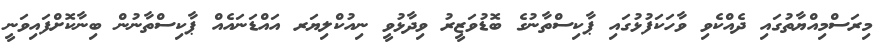
މިރަސްމިއްޔާތުގައި ދެއްކެވި ވާހަކަފުޅުގައި ޕާކިސްތާނުގެ ބޮޑުވަޒީރު ވިދާޅުވީ ނިއުކްލިޔަރ އައްޑަނައެއް ޕާކިސްތާނުން ބިނާކޮށްފައިވަނީ